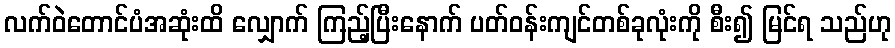
လက်ဝဲတောင်ပံအဆုံးထိ လျှောက် ကြည့်ပြီးနောက် ပတ်ဝန်းကျင်တစ်ခုလုံးကို စီး၍ မြင်ရ သည်ဟု